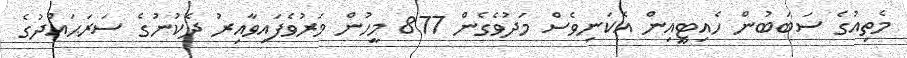
މެތިއުގެ ސަބަބުން ހެއިޓީއިން އެކަނިވެސް މަދުވެގެން 877 މީހުން މަރުވެފައިވާއިރު ދެކުނުގެ ސަރަޙައްދުގެ